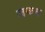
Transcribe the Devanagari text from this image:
जकब